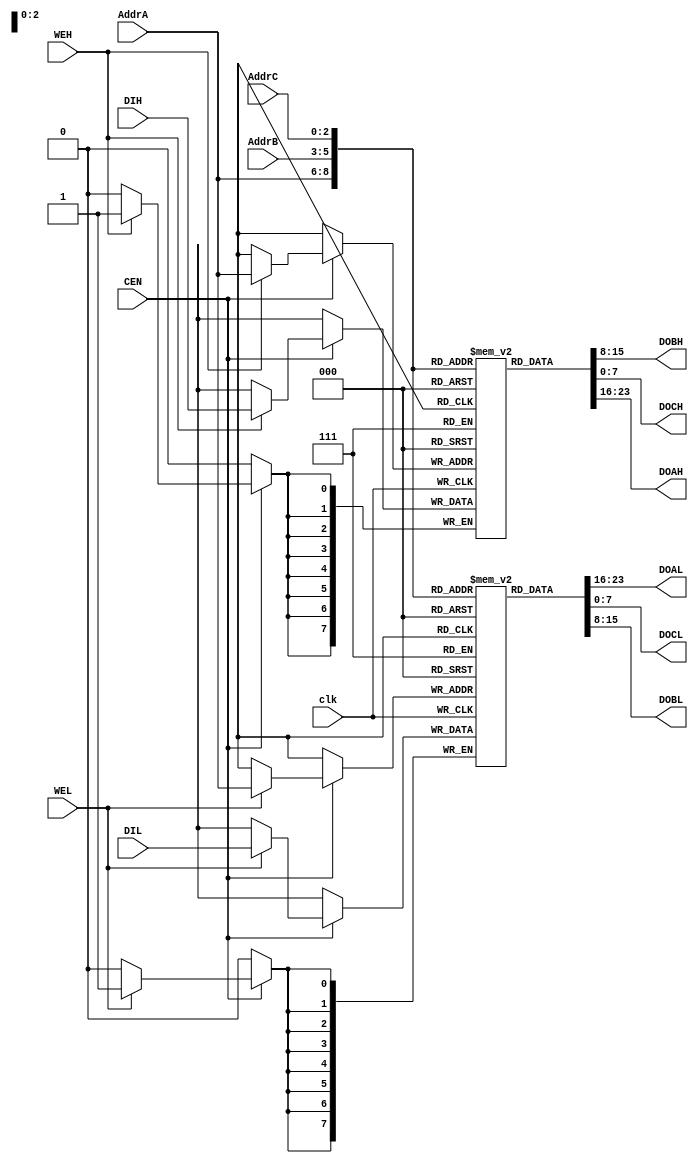
// This program was cloned from: https://github.com/abnoname/iceZ0mb1e
// License: MIT License

//
// TV80 8-Bit Microprocessor Core
// Based on the VHDL T80 core by Daniel Wallner (jesus@opencores.org)
//
// Copyright (c) 2004 Guy Hutchison (ghutchis@opencores.org)
//
// Permission is hereby granted, free of charge, to any person obtaining a 
// copy of this software and associated documentation files (the "Software"), 
// to deal in the Software without restriction, including without limitation 
// the rights to use, copy, modify, merge, publish, distribute, sublicense, 
// and/or sell copies of the Software, and to permit persons to whom the 
// Software is furnished to do so, subject to the following conditions:
//
// The above copyright notice and this permission notice shall be included 
// in all copies or substantial portions of the Software.
//
// THE SOFTWARE IS PROVIDED "AS IS", WITHOUT WARRANTY OF ANY KIND, 
// EXPRESS OR IMPLIED, INCLUDING BUT NOT LIMITED TO THE WARRANTIES OF 
// MERCHANTABILITY, FITNESS FOR A PARTICULAR PURPOSE AND NONINFRINGEMENT. 
// IN NO EVENT SHALL THE AUTHORS OR COPYRIGHT HOLDERS BE LIABLE FOR ANY 
// CLAIM, DAMAGES OR OTHER LIABILITY, WHETHER IN AN ACTION OF CONTRACT, 
// TORT OR OTHERWISE, ARISING FROM, OUT OF OR IN CONNECTION WITH THE 
// SOFTWARE OR THE USE OR OTHER DEALINGS IN THE SOFTWARE.

module tv80_reg (/*AUTOARG*/
  // Outputs
  DOBH, DOAL, DOCL, DOBL, DOCH, DOAH, 
  // Inputs
  AddrC, AddrA, AddrB, DIH, DIL, clk, CEN, WEH, WEL
  );
    input  [2:0] AddrC;
    output [7:0] DOBH;
    input  [2:0] AddrA;
    input  [2:0] AddrB;
    input  [7:0] DIH;
    output [7:0] DOAL;
    output [7:0] DOCL;
    input  [7:0] DIL;
    output [7:0] DOBL;
    output [7:0] DOCH;
    output [7:0] DOAH;
    input  clk, CEN, WEH, WEL;

  reg [7:0] RegsH [0:7];
  reg [7:0] RegsL [0:7];

  always @(posedge clk)
    begin
      if (CEN)
        begin
          if (WEH) RegsH[AddrA] <= DIH;
          if (WEL) RegsL[AddrA] <= DIL;
        end
    end
          
  assign DOAH = RegsH[AddrA];
  assign DOAL = RegsL[AddrA];
  assign DOBH = RegsH[AddrB];
  assign DOBL = RegsL[AddrB];
  assign DOCH = RegsH[AddrC];
  assign DOCL = RegsL[AddrC];

  // break out ram bits for waveform debug
  wire [7:0] H = RegsH[2];
  wire [7:0] L = RegsL[2];
  
// synopsys dc_script_begin
// set_attribute current_design "revision" "$Id: tv80_reg.v,v 1.1 2004/05/16 17:39:57 ghutchis Exp $" -type string -quiet
// synopsys dc_script_end
endmodule